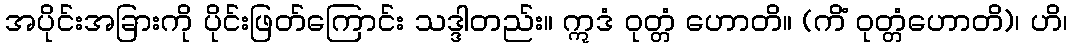
အပိုင်းအခြားကို ပိုင်းဖြတ်ကြောင်း သဒ္ဒါတည်း။ ဣဒံ ဝုတ္တံ ဟောတိ။ (ကိံ ဝုတ္တံဟောတိ)၊ ဟိ၊